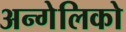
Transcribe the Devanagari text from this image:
अन्गेलिको